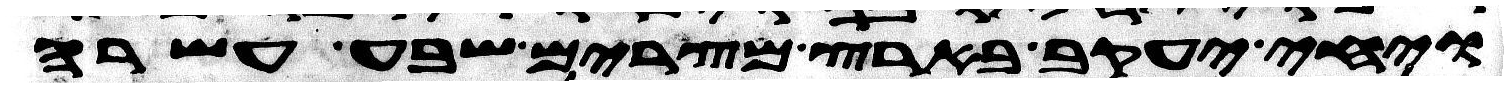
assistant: ויחי יעקב בארץ מצרים שבע עשרה